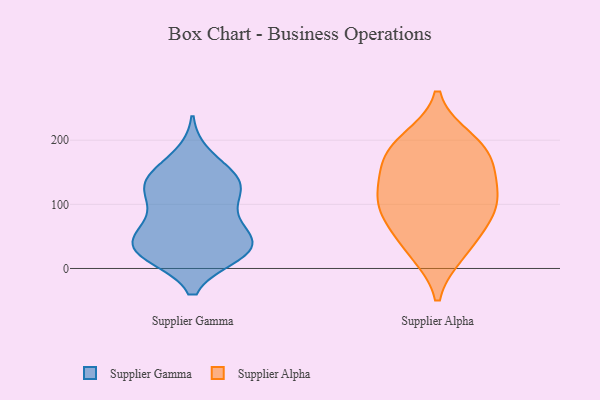
{"axis": {"x": "Demand Index", "y": "Value"}, "legend": ["Supplier Alpha", "Supplier Gamma"], "data": [{"x": "", "y": 80, "type": "Supplier Gamma"}, {"x": "", "y": 132, "type": "Supplier Gamma"}, {"x": "", "y": 25, "type": "Supplier Gamma"}, {"x": "", "y": 143, "type": "Supplier Gamma"}, {"x": "", "y": 175, "type": "Supplier Gamma"}, {"x": "", "y": 127, "type": "Supplier Gamma"}, {"x": "", "y": 119, "type": "Supplier Gamma"}, {"x": "", "y": 28, "type": "Supplier Gamma"}, {"x": "", "y": 22, "type": "Supplier Gamma"}, {"x": "", "y": 27, "type": "Supplier Gamma"}, {"x": "", "y": 76, "type": "Supplier Gamma"}, {"x": "", "y": 144, "type": "Supplier Gamma"}, {"x": "", "y": 62, "type": "Supplier Gamma"}, {"x": "", "y": 32, "type": "Supplier Gamma"}, {"x": "", "y": 122, "type": "Supplier Gamma"}, {"x": "", "y": 39, "type": "Supplier Gamma"}, {"x": "", "y": 38, "type": "Supplier Gamma"}, {"x": "", "y": 76, "type": "Supplier Alpha"}, {"x": "", "y": 120, "type": "Supplier Alpha"}, {"x": "", "y": 91, "type": "Supplier Alpha"}, {"x": "", "y": 182, "type": "Supplier Alpha"}, {"x": "", "y": 187, "type": "Supplier Alpha"}, {"x": "", "y": 139, "type": "Supplier Alpha"}, {"x": "", "y": 84, "type": "Supplier Alpha"}, {"x": "", "y": 168, "type": "Supplier Alpha"}, {"x": "", "y": 116, "type": "Supplier Alpha"}, {"x": "", "y": 32, "type": "Supplier Alpha"}, {"x": "", "y": 200, "type": "Supplier Alpha"}, {"x": "", "y": 26, "type": "Supplier Alpha"}]}